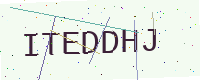
Text: ITEDDHJ